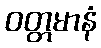
ဝတ္တမာနံ